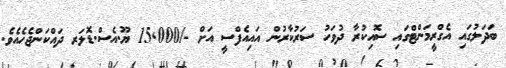
ބަދަލުގައި އެގްރީމަންޓްގައި ސޮއިކުރާ ދުވަހު ސަރުކާރުން އައިއެފްސީ އަށް -/15